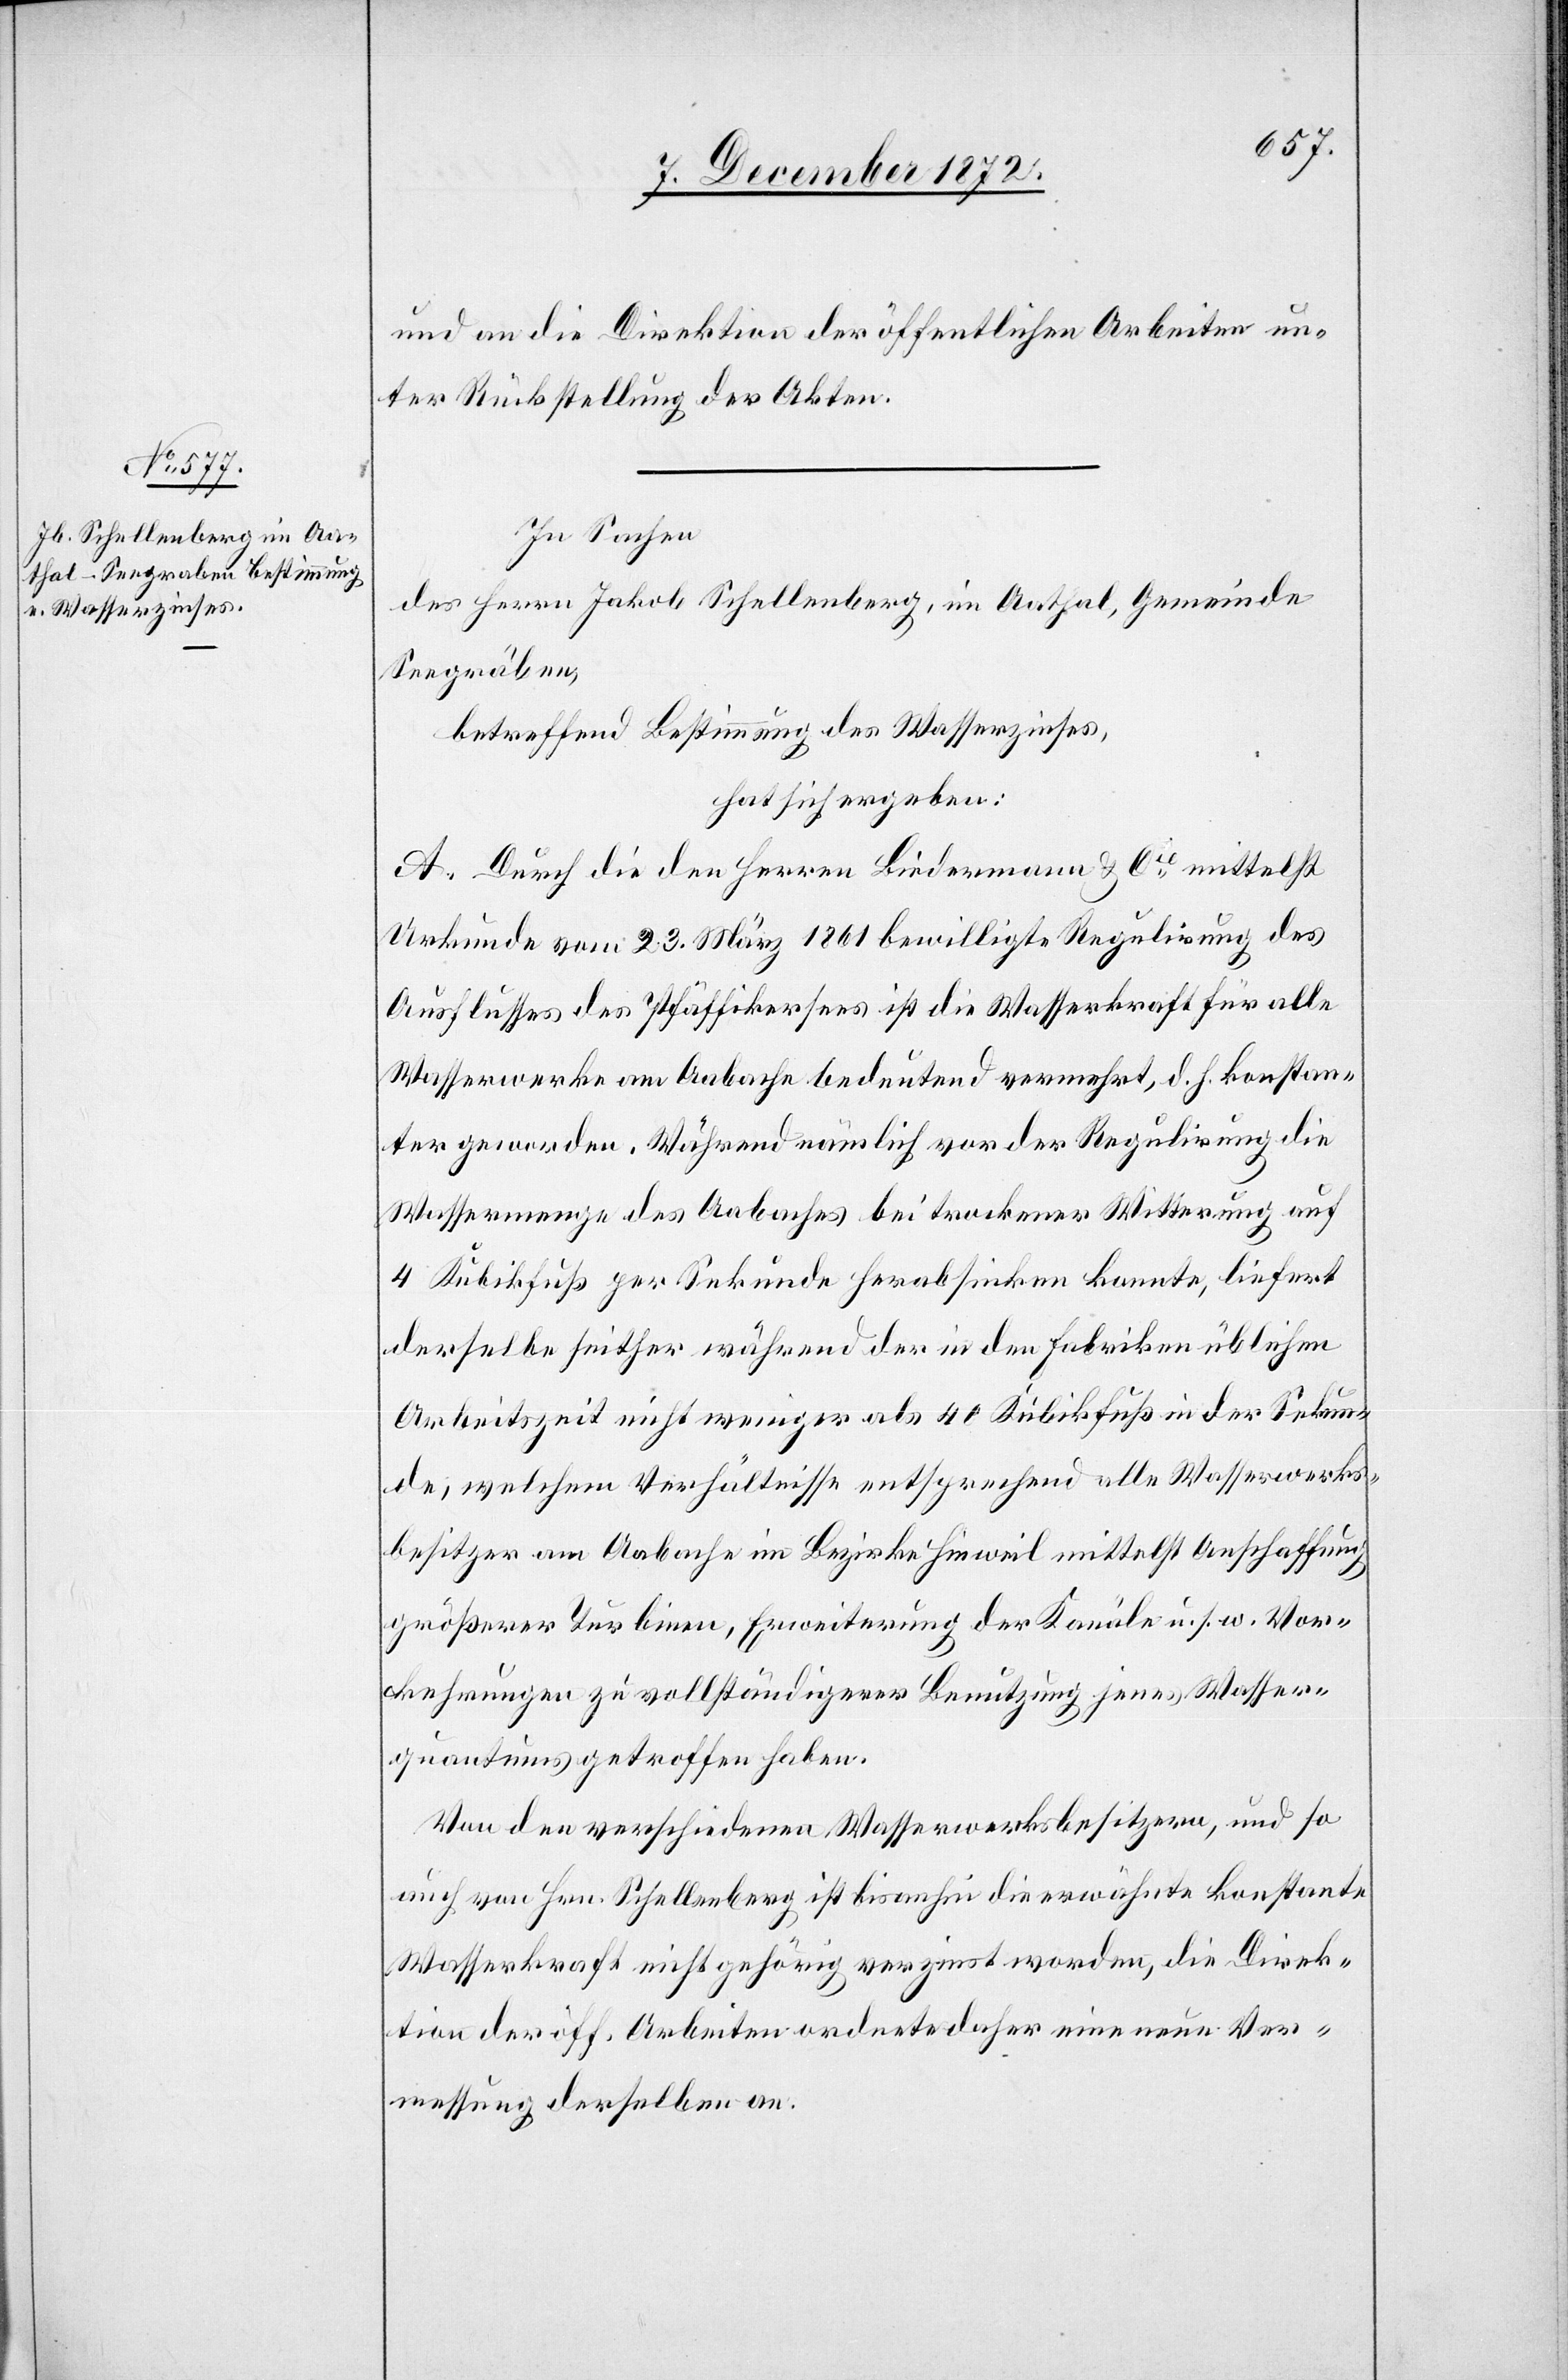
und an die Direktion der öffentlichen Arbeiten un¬
ter Rückstellung der Akten.
In Sachen
des Herrn Jakob Schellenberg, im Aathal, Gemeinde
Seegräben,
betreffend Bestimmung des Wasserzinses,
hat sich ergeben:
A. Durch die den Herren Biedermann u. Cie mittelst
Urkunde vom 23. März 1861 bewilligte Regulirung des
Ausflusses des Pfäffikersees ist die Wasserkraft für alle
Wasserwerke am Aabache bedeutend vermehrt, d. h. konstan¬
ter geworden. Während nämlich vor der Regulirung die
Wassermenge des Aabaches bei trockener Witterung auf
4 Kubikfuß per Sekunde herabsinken konnte, liefert
derselbe seither während der in den Fabriken üblichen
Arbeitszeit nicht weniger als 40 Kubikfuß in der Sekun¬
de, welchem Verhältnisse entsprechend alle Wasserwerks¬
besitzer am Aabache im Bezirke Hinweil mittelst Anschaffung
größerer Turbine, Erweiterung der Kanäle u. s. w. Vor¬
kehrungen zu vollständigerer Benutzung jenes Wasser¬
quantums getroffen haben.
Von den verschiedenen Wasserwerksbesitzern, und so
auch von Hrn. Schellenberg ist bisanhin die erwähnte konstante
Wasserkraft nicht gehörig verzinst worden, die Direk¬
tion der öff. Arbeiten ordnete daher eine neue Ver¬
messung derselben an.